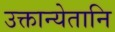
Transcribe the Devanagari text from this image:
उक्तान्येतानि